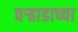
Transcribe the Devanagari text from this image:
वर्‍हाडाच्या